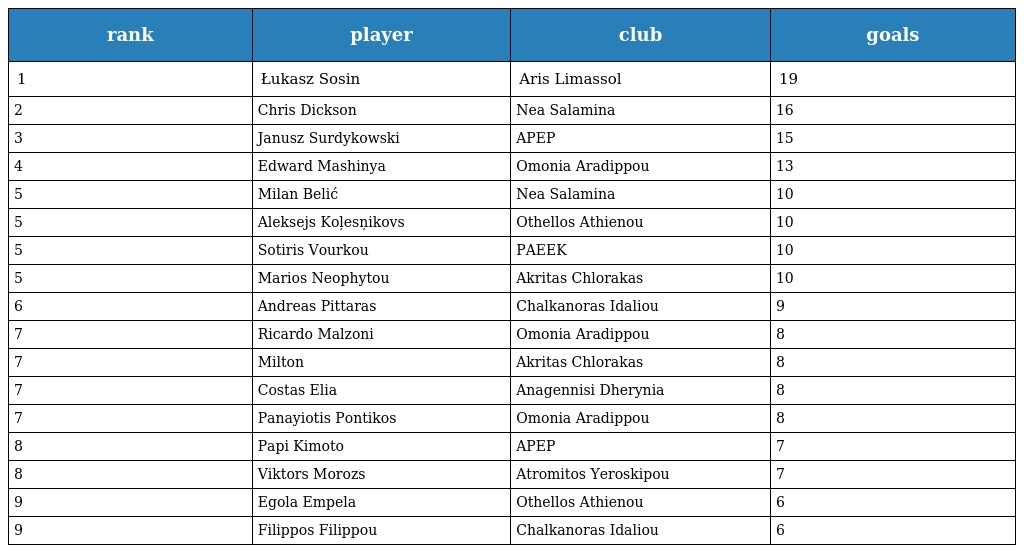
| rank | player | club | goals |
 | --- | --- | --- | --- |
 | 1 | Łukasz Sosin | Aris Limassol | 19 |
 | 2 | Chris Dickson | Nea Salamina | 16 |
 | 3 | Janusz Surdykowski | APEP | 15 |
 | 4 | Edward Mashinya | Omonia Aradippou | 13 |
 | 5 | Milan Belić | Nea Salamina | 10 |
 | 5 | Aleksejs Koļesņikovs | Othellos Athienou | 10 |
 | 5 | Sotiris Vourkou | PAEEK | 10 |
 | 5 | Marios Neophytou | Akritas Chlorakas | 10 |
 | 6 | Andreas Pittaras | Chalkanoras Idaliou | 9 |
 | 7 | Ricardo Malzoni | Omonia Aradippou | 8 |
 | 7 | Milton | Akritas Chlorakas | 8 |
 | 7 | Costas Elia | Anagennisi Dherynia | 8 |
 | 7 | Panayiotis Pontikos | Omonia Aradippou | 8 |
 | 8 | Papi Kimoto | APEP | 7 |
 | 8 | Viktors Morozs | Atromitos Yeroskipou | 7 |
 | 9 | Egola Empela | Othellos Athienou | 6 |
 | 9 | Filippos Filippou | Chalkanoras Idaliou | 6 |